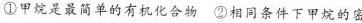
①甲烷是最简单的有机化合物②相同条件下甲烷的密